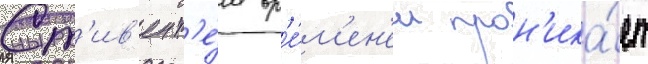
Ст'ив'ен т'е́м вр'е́м'ен'ем прон'ика́ет